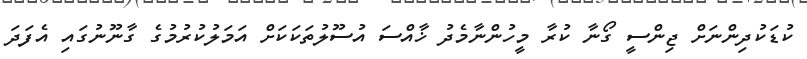
ކުޑަކުދިންނަށް ޖިންސީ ގޯނާ ކުރާ މީހުންނާމެދު ޚާއްސަ އުސޫލުތަކަކަށް އަމަލުކުރުމުގެ ގާނޫނުގައި އެފަދަ